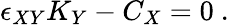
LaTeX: \epsilon_{XY}K_{Y}-C_{X}=0~.